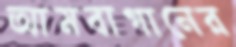
আমবাগানের